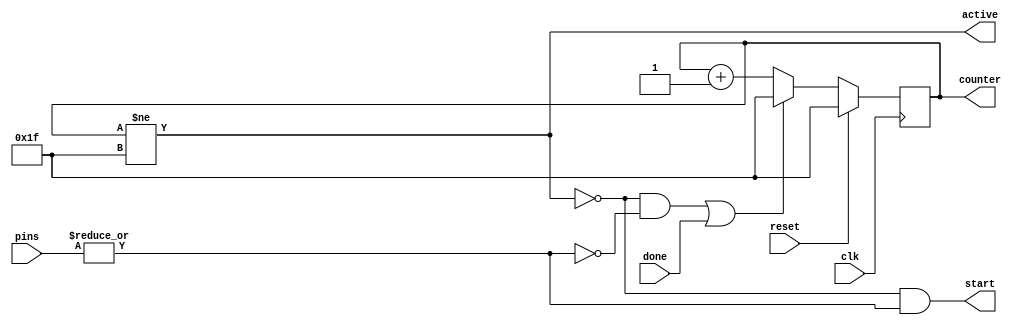
module sbio_monitor #(parameter IO_BITS=2, SENS_BITS=2, COUNTER_BITS=5, INACTIVE_COUNTER_VALUE=31) (
		input wire clk, reset,

		input wire [IO_BITS-1:0] pins,

		output wire start, // Goes high when receving a start bit
		output wire active, // High during message except start bit
		output reg [COUNTER_BITS-1:0] counter, // INACTIVE_COUNTER_VALUE when inavtive and during start bit, then counts up
		input wire done // Put high during the the last cycle of the message
	);

	assign active = (counter != INACTIVE_COUNTER_VALUE);
	wire start_present = |pins[SENS_BITS-1:0];

	assign start = !active && start_present;
	wire reset_counter = (!active && !start_present) || done;

	wire [COUNTER_BITS-1:0] next_counter = reset_counter ? INACTIVE_COUNTER_VALUE : counter + {{(COUNTER_BITS-1){1'b0}}, 1'b1};

	always @(posedge clk) begin
		if (reset) begin
			counter <= INACTIVE_COUNTER_VALUE;
		end else begin
			counter <= next_counter;
		end
	end
endmodule